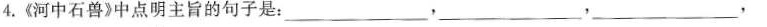
4.《河中石兽》中点明主旨的句子是：___，___，___，